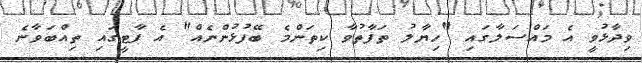
ވިދާޅުވީ އެ މައްސަލާގައި "ހިޔާލު ތަފާތުވާ ކިތަންމެ ބޭފުޅުންނެއް" އެ ޕާޓީގައި ތިއްބަވާނެ